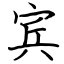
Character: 宾